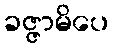
ခဇ္ဇာမိပေ